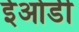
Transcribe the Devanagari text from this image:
ईओडी